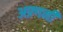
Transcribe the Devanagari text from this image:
अफ़्गनी